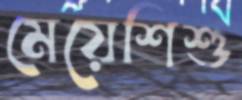
মেয়েশিশু